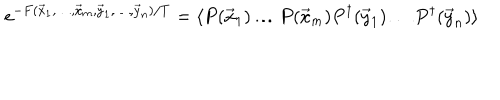
e ^ { - F ( \vec { x } _ { 1 } , \ldots , \vec { x } _ { m } , \vec { y } _ { 1 } , \ldots , \vec { y } _ { n } ) / T } = \langle P ( \vec { x } _ { 1 } ) \ldots P ( \vec { x } _ { m } ) P ^ { \dagger } ( \vec { y } _ { 1 } ) \ldots P ^ { \dagger } ( \vec { y } _ { n } ) \rangle